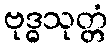
ဗုဒ္ဓသုတ္တံ